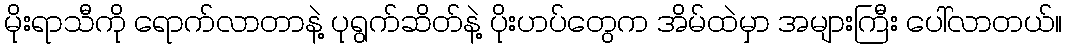
မိုးရာသီကို ရောက်လာတာနဲ့ ပုရွက်ဆိတ်နဲ့ ပိုးဟပ်တွေက အိမ်ထဲမှာ အများကြီး ပေါ်လာတယ်။